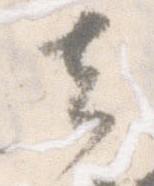
其